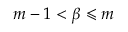
m - 1 < \beta \leqslant m